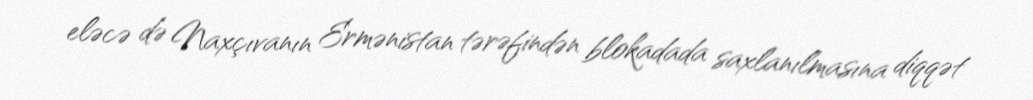
eləcə də Naxçıvanın Ermənistan tərəfindən blokadada saxlanılmasına diqqət